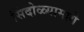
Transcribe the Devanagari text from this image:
सिंदोळ्यामागे